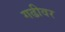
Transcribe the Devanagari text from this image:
गढीवर